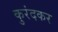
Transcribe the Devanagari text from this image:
कुरंदकर